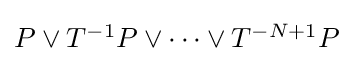
{\textstyle P\vee T^{-1}P\vee \dots \vee T^{-N+1}P}